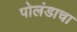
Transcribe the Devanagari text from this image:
पोलंडाचा